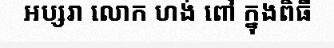
អប្សរា លោក ហង់ ពៅ ក្នុងពិធី